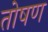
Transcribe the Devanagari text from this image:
तोषण